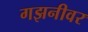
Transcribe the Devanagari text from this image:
गझनीवर